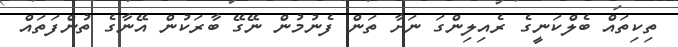
ތިކިތައް ބެލްކަނީގެ ރެއިލިންގަ ނަށާ ތަން ފެނުމުން ނޭގޭ ބާރަކުން އޭނާގެ ތުންފަތައް